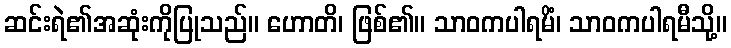
ဆင်းရဲ၏အဆုံးကိုပြုသည်။ ဟောတိ၊ ဖြစ်၏။ သာဝကပါရမိံ၊ သာဝကပါရမီသို့။